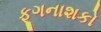
ફૂગનાશકો